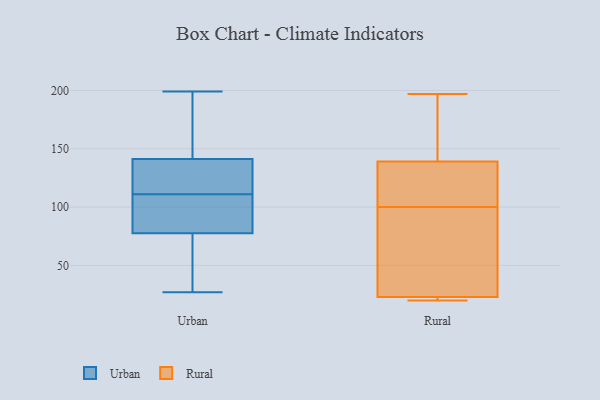
{"axis": {"x": "Churn Rate (%)", "y": "Value"}, "legend": ["Rural", "Urban"], "data": [{"x": "", "y": 74, "type": "Urban"}, {"x": "", "y": 128, "type": "Urban"}, {"x": "", "y": 88, "type": "Urban"}, {"x": "", "y": 199, "type": "Urban"}, {"x": "", "y": 61, "type": "Urban"}, {"x": "", "y": 52, "type": "Urban"}, {"x": "", "y": 108, "type": "Urban"}, {"x": "", "y": 192, "type": "Urban"}, {"x": "", "y": 88, "type": "Urban"}, {"x": "", "y": 144, "type": "Urban"}, {"x": "", "y": 111, "type": "Urban"}, {"x": "", "y": 133, "type": "Urban"}, {"x": "", "y": 27, "type": "Urban"}, {"x": "", "y": 133, "type": "Urban"}, {"x": "", "y": 149, "type": "Urban"}, {"x": "", "y": 118, "type": "Rural"}, {"x": "", "y": 85, "type": "Rural"}, {"x": "", "y": 20, "type": "Rural"}, {"x": "", "y": 115, "type": "Rural"}, {"x": "", "y": 197, "type": "Rural"}, {"x": "", "y": 22, "type": "Rural"}, {"x": "", "y": 163, "type": "Rural"}, {"x": "", "y": 23, "type": "Rural"}, {"x": "", "y": 139, "type": "Rural"}, {"x": "", "y": 61, "type": "Rural"}]}